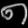
Digit: ၈